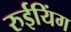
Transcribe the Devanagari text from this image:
रुईयिंग